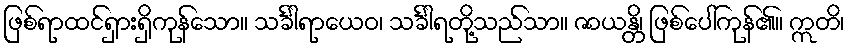
ဖြစ်ရာထင်ရှားရှိကုန်သော။ သင်္ခါရာယေဝ၊ သင်္ခါရတို့သည်သာ။ ဇာယန္တိ၊ ဖြစ်ပေါ်ကုန်၏။ ဣတိ၊